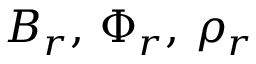
B _ { r } , \, \Phi _ { r } , \, \rho _ { r }